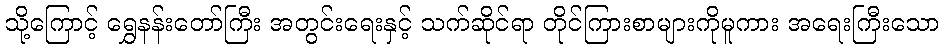
သို့ကြောင့် ရွှေနန်းတော်ကြီး အတွင်းရေးနှင့် သက်ဆိုင်ရာ တိုင်ကြားစာများကိုမူကား အရေးကြီးသော